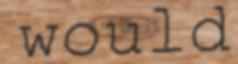
would